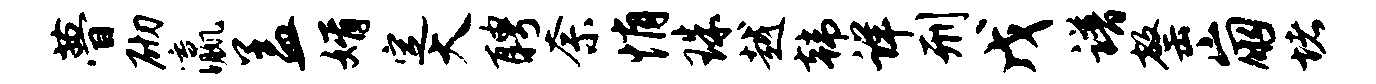
瞢砌瀛盖婿定大聘奈悄珠越韩详刑戊谱罄崩堵